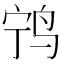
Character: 𫛢